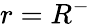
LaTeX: r=R^{-}